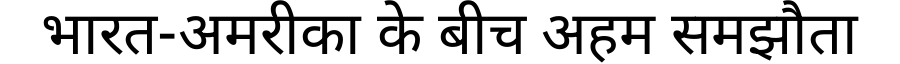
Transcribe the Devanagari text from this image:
भारत-अमरीका के बीच अहम समझौता